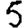
Digit: 5